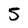
Character: 5